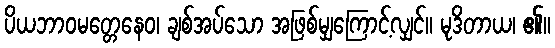
ပိယဘာဝမတ္တေနေဝ၊ ချစ်အပ်သော အဖြစ်မျှကြောင့်လျှင်။ မုဒိတာယ၊ ၏။